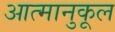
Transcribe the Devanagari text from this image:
आत्मानुकूल